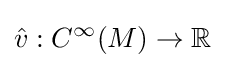
{\hat {v}}:C^{\infty }(M)\to \mathbb {R}